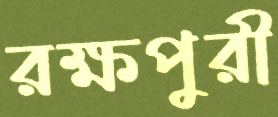
রক্ষপুরী